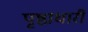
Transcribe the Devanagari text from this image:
पृष्ठाधारी